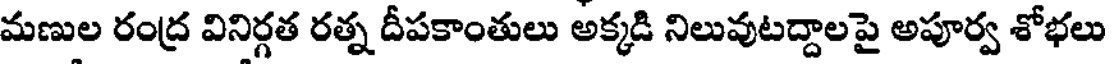
మణుల రంద్ర వినిర్గత రత్న దీపకాంతులు అక్కడి నిలువుటద్దాలపై అపూర్వ శోభలు